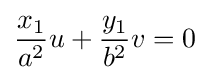
{\frac {x_{1}}{a^{2}}}u+{\frac {y_{1}}{b^{2}}}v=0